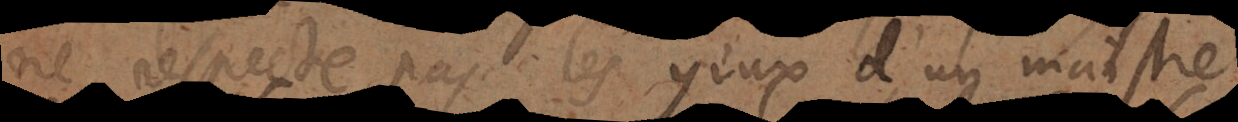
ne respecte pas les yeux d’un maist